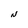
Character: N